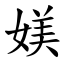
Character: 媄